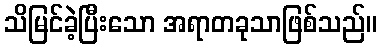
သိမြင်ခဲ့ပြီးသော အရာတခုသာဖြစ်သည်။